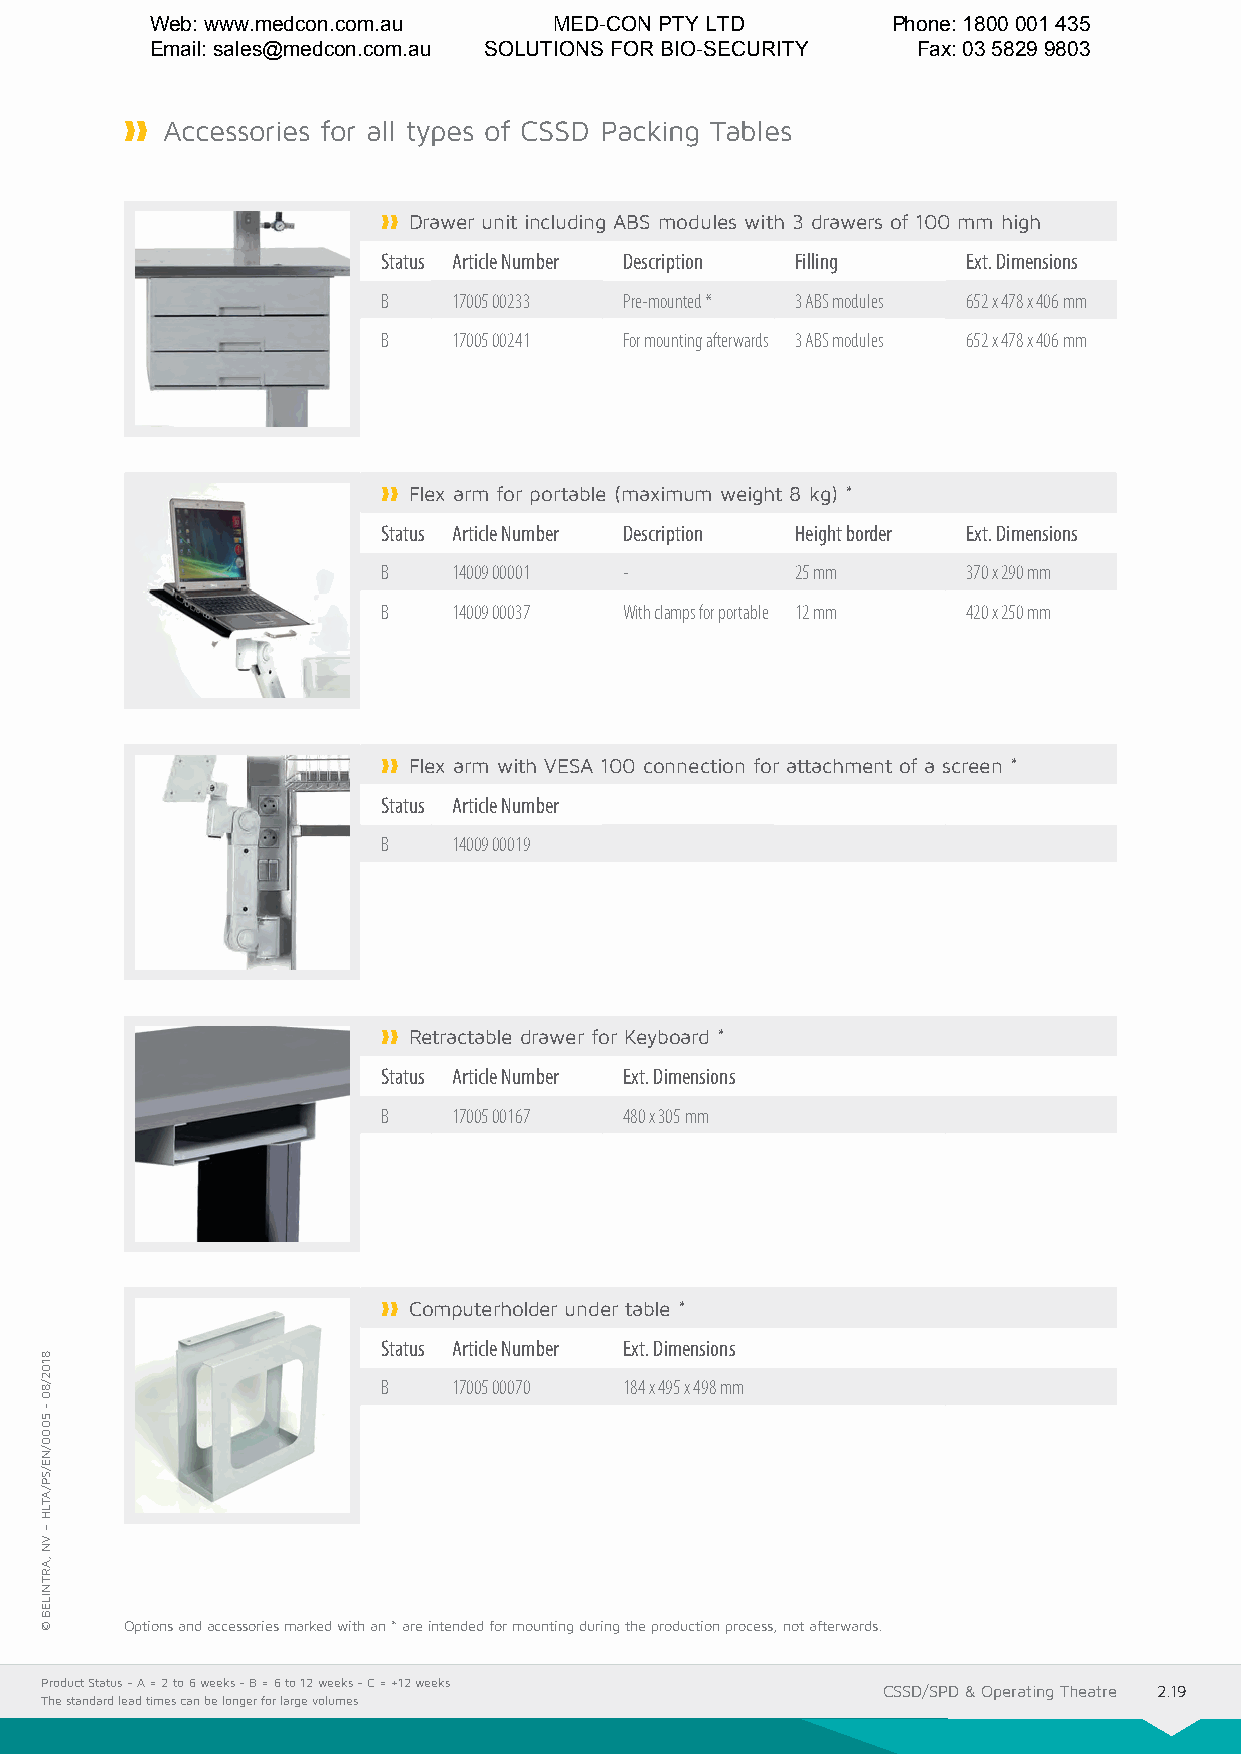
Web: www.medcon.com.au     MED-CON PTY LTD       Phone: 1800 001 435
 Email: sales@medcon.com.au SOLUTIONS FOR BIO-SECURITY Fax: 03 5829 9803
 ❱❱❱❱ Accessories for all types of CSSD Packing Tables
 ❱❱❱❱ Drawer unit including ABS modules with 3 drawers of 100 mm high
 Status Article Number Description Filling Ext. Dimensions
 B    17005 00233 Pre-mounted * 3 ABS modules 652 x 478 x 406 mm
 B    17005 00241 For mounting afterwards 3 ABS modules 652 x 478 x 406 mm
 ❱❱❱❱ Flex arm for portable (maximum weight 8 kg) *
 Status Article Number Description Height border Ext. Dimensions
 B    14009 00001 -          25 mm      370 x 290 mm
 B    14009 00037 With clamps for portable 12 mm 420 x 250 mm
 ❱❱❱❱ Flex arm with VESA 100 connection for attachment of a screen *
 Status Article Number
 B    14009 00019
 ❱❱❱❱ Retractable drawer for Keyboard *
 Status Article Number Ext. Dimensions
 B    17005 00167 480 x 305 mm
 ❱❱❱❱ Computerholder under table *
 Status Article Number Ext. Dimensions
 B    17005 00070 184 x 495 x 498 mm
 Options and accessories marked with an * are intended for mounting during the production process, not afterwards.
 Product Status - A = 2 to 6 weeks - B = 6 to 12 weeks - C = +12 weeks
 CSSD/SPD & Operating Theatre 2.19
 The standard lead times can be longer for large volumes
 8102/80
 -
 5000/NE/SP/ATLH
 –
 VN
 ,ARTNILEB
 ©